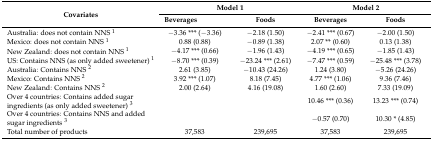
| <ROWSPAN=2> Covariates | <COLSPAN=2> Model 1 | <COLSPAN=2> Model 2 |
 | Beverages | Foods | Beverages | Foods |
 | --- | --- | --- | --- | --- |
 | Australia: does not contain NNS 1 | −3.36 *** (−3.36) | −2.18 (1.50) | −2.41 *** (0.67) | −2.00 (1.50) |
 | Mexico: does not contain NNS 1 | 0.88 (0.88) | −0.89 (1.38) | 2.07 ** (0.60) | 0.13 (1.38) |
 | New Zealand: does not contain NNS 1 | −4.17 *** (0.66) | −1.96 (1.43) | −4.19 *** (0.65) | −1.85 (1.43) |
 | US: Contains NNS (as only added sweetener) 1 | −8.70 *** (0.39) | −23.24 *** (2.61) | −7.47 *** (0.59) | −25.48 *** (3.78) |
 | Australia: Contains NNS 2 | 2.61 (3.85) | −10.43 (24.26) | 1.24 (3.80) | −5.26 (24.26) |
 | Mexico: Contains NNS 2 | 3.92 *** (1.07) | 8.18 (7.45) | 4.77 *** (1.06) | 9.36 (7.46) |
 | New Zealand: Contains NNS 2 | 2.00 (2.64) | 4.16 (19.08) | 1.60 (2.60) | 7.33 (19.09) |
 | Over 4 countries: Contains added sugar ingredients (as only added sweetener) 3 |  |  | 10.46 *** (0.36) | 13.23 *** (0.74) |
 | Over 4 countries: Contains NNS and added sugar ingredients 3 |  |  | −0.57 (0.70) | 10.30 * (4.85) |
 | Total number of products | 37,583 | 239,695 | 37,583 | 239,695 |